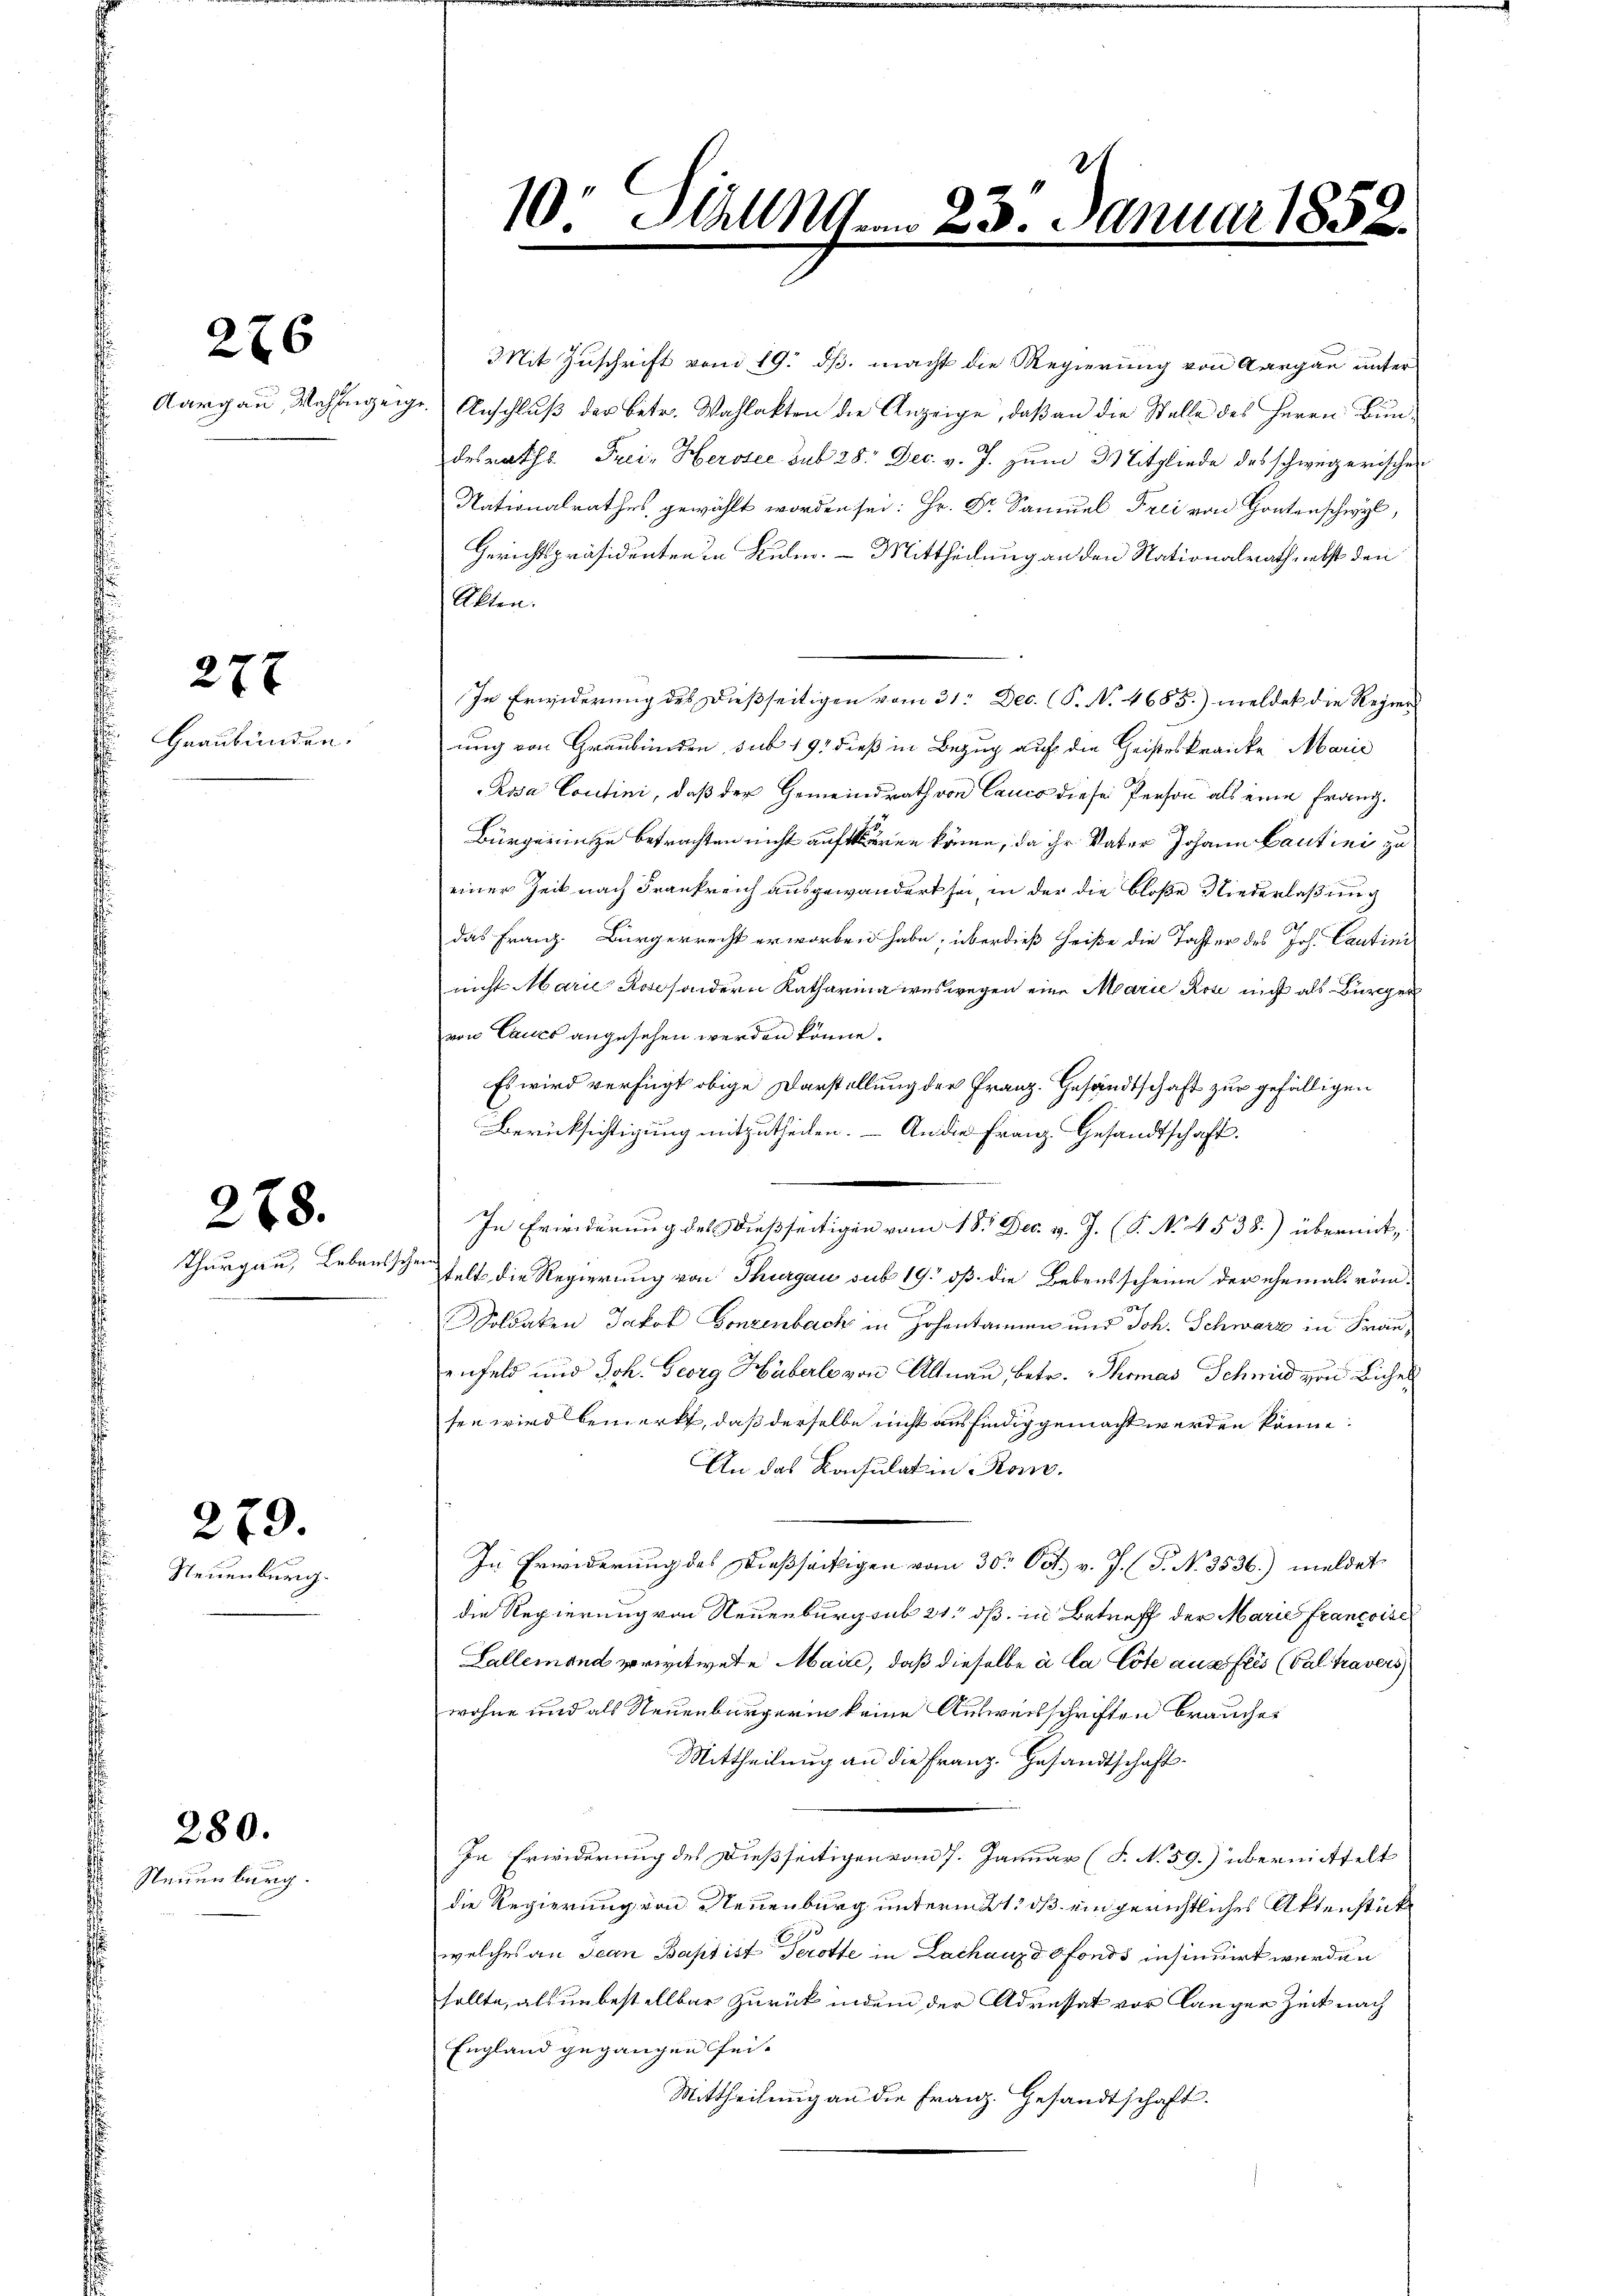
226

Graubünden.

277

Neuenburg.

278.

279.

280.
Steuenburg.

10. Allmen 23. Januar 1858.

Mit Zuschrift vom 19. ds. macht die Regierung von Aargau unter
Aargau, Mahngeige Anschluß der Betr. Wahlakten die Anzeige, daß an die Stelle des Herrn Bundesraths Frei, Herosee sub 28. Dec. v. J. zum 3 Titgliede des schweizerischen
Nationalrathes, gewählt worden sei: Hr. Dr. Samuel Frei von Hontenschwyl,
Gerichtspräsidenten in Ruhe. - Mittheilung an den Nationalrath nebst den
Akten.
In Erwiderung des Dießseitigen vom 31. Dec. (S. No. 4683.) meldet die Regier
ung von Graubünden, sub 191 dieß in Bezug auf die Geisteskranke Marie
Rosa Contini, daß der Gemeindrath von Cance die sei Person als eine Franz¬
Bürgerin zu betrachten nicht aufklären könne, da ihr Vater Johann Cautini zu
einer Zeit nach Frankreich ausgewandert sei, in der die bloße Niederlaßung
das Franz. Bürgerrecht erworben habe, überdieß heiße die Tochter des Joh. Cautini
nicht Marie Rose sondern Katharina weswegen eine Marie Rose nicht als Bürger
von Caues angesehen werden könne.
Es wird verfügt obige Darstellung der Franz. Gesandtschaft zur gefälligen
Berücksichtigung mitzutheilen. — An die Franz Gesandtschaft.
In Erwiderung des dießseitigen vom 18. Dec. v. J. (T. No. 4538.) übermit,
Thurgau, Lebensschen fest die Regierung von Thurgau sub 19. dß die Bebensscheine der ehemals röm¬
Soldaten Jakob Gonzenbach in Johantannen und Joh. Schwarz in Frau,
enfeld und Joh. Georg Häberle von Altnau, betr. Thomas Schmid von Bichel
sen wird bemerkt, daß derselbe nicht ausfindig gemacht werden könne.
An das Konsulatin-Ran.
In Erwiderung des Dießsäckigen vom 30. Oct. v. J. (T. No 3536.) meldet
die Regierung von Neuenburg sub 21, dß in Betreff der Marie Francoise
Lallemand privitwete Maire, daß dieselbe à la Cote aus frès (Galtravers
wohne und als Neuenburgerin keine Ausweisschriften brauches
Mittheilung an die Franz. Gesandtschaft¬
In Erwiderung des Dießseitigen vom 7. Januar (S. N. 59.) übermittelt
die Regierung von Neuenburg unterm 1. ds ein gerichtliches Aktenstücke
welches an Jean Baptist Terotte in Lachanze fonds insinuirt werden
sollte, als unbestellbar zurück indem der Adressat vor länger Zeit nach
England gegangen sei.
Mittheilung an die Franz. Gesandtschaft.